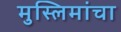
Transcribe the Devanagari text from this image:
मुस्लिमांचा